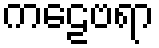
ကဠေဗရာ